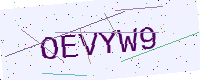
Text: OEVYW9